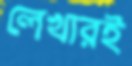
লেখারই